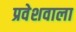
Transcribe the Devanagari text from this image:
प्रवेशवाला